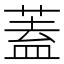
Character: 蓋